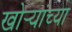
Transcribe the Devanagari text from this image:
खोर्‍यांच्या